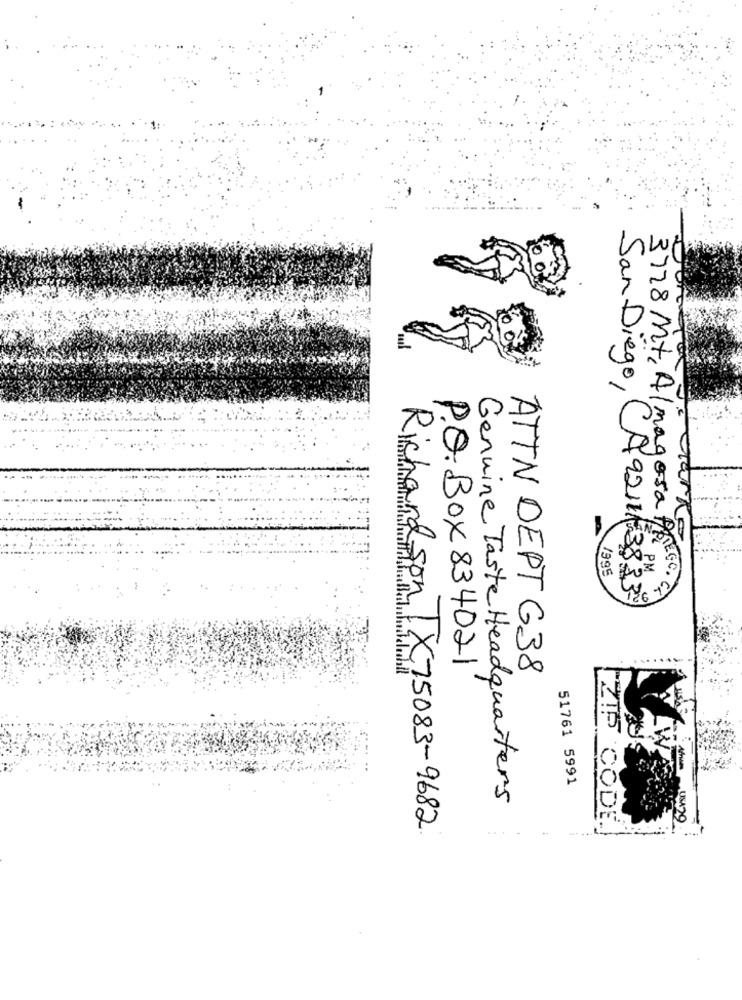
arke
1995
San Diego, CA9211) 383
3778 Mt, Almagosa PREGc.
P.O.Box 834021
ATTN DEPT G38
51761 5991
Genuine Taste Headquarters
PZIF CODE.
Richardson, TX75083-9682